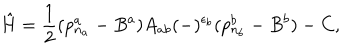
LaTeX: \hat { H } = \frac { 1 } { 2 } ( p _ { n _ { a } } ^ { a } - B ^ { a } ) A _ { a b } ( - ) ^ { \epsilon _ { b } } ( p _ { n _ { b } } ^ { b } - B ^ { b } ) - C ,